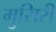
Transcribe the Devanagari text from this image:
मुसिरी